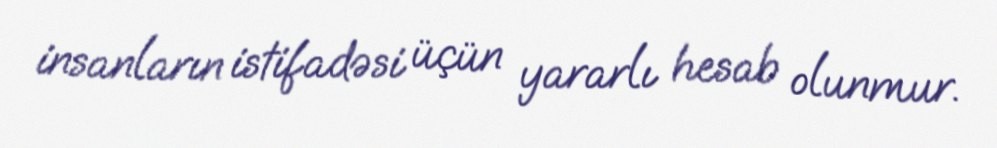
insanların istifadəsi üçün yararlı hesab olunmur.